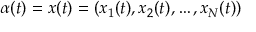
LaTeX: \alpha ( t ) = x ( t ) = ( x _ { 1 } ( t ) , x _ { 2 } ( t ) , \ldots , x _ { N } ( t ) )